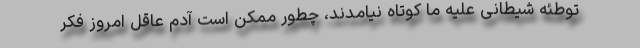
توطئه شیطانی علیه ما کوتاه نیامدند، چطور ممکن است آدم عاقل امروز فکر